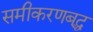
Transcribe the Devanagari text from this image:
समीकरणबद्ध